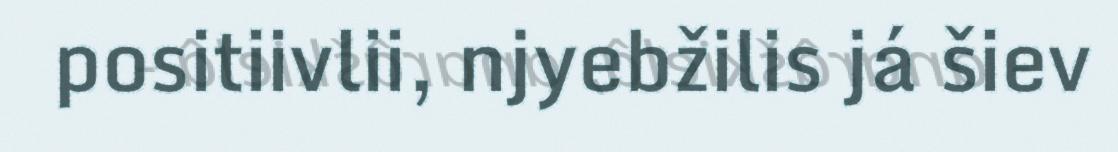
positiivlii, njyebžilis já šiev